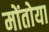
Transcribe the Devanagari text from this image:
मोंतोया